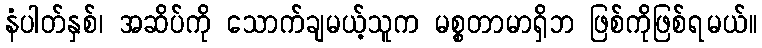
နံပါတ်နှစ်၊ အဆိပ်ကို သောက်ချမယ့်သူက မစ္စတာမာရှိဘ ဖြစ်ကိုဖြစ်ရမယ်။